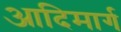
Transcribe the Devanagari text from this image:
आदिमार्ग